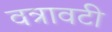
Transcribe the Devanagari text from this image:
वत्रावटी